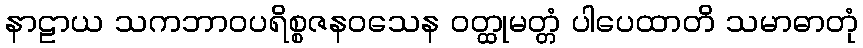
နာဠာယ သကဘာဝပရိစ္စဇနဝသေန ဝတ္ထုမတ္တံ ပါပေထာတိ သမာဓာတုံ